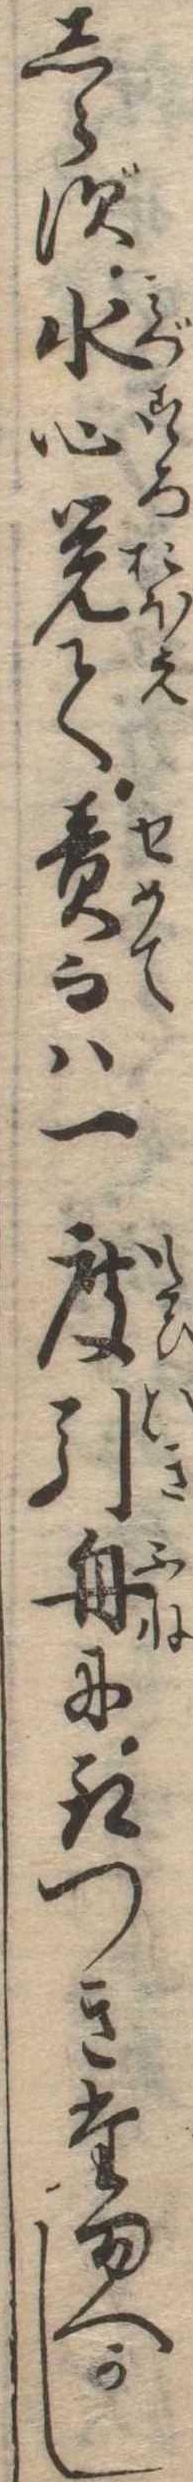
しらず水心覚て責而は一度引舟に取つきたまへかし